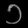
Digit: ၁